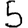
Digit: 5